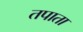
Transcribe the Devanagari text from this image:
तपाता